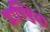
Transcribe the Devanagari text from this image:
डाण्डिया